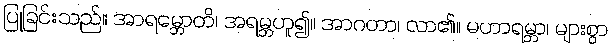
ပြုခြင်းသည်။ အာရမ္ဘောတိ၊ အရမ္ဘဟူ၍။ အာဂတာ၊ လာ၏။ မဟာရမ္ဘာ၊ များစွာ